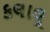
કલાલૂ